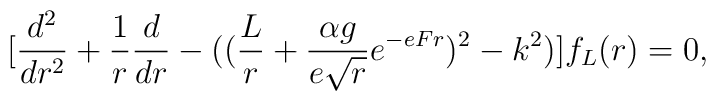
[{d^2 \over {dr^2}} +{1\over r}{d\over {dr}} -(({L\over r}+{{\alpha g}\over{e\sqrt r}}e^{-eFr})^2-k^2)]f_{L}(r)  =0,